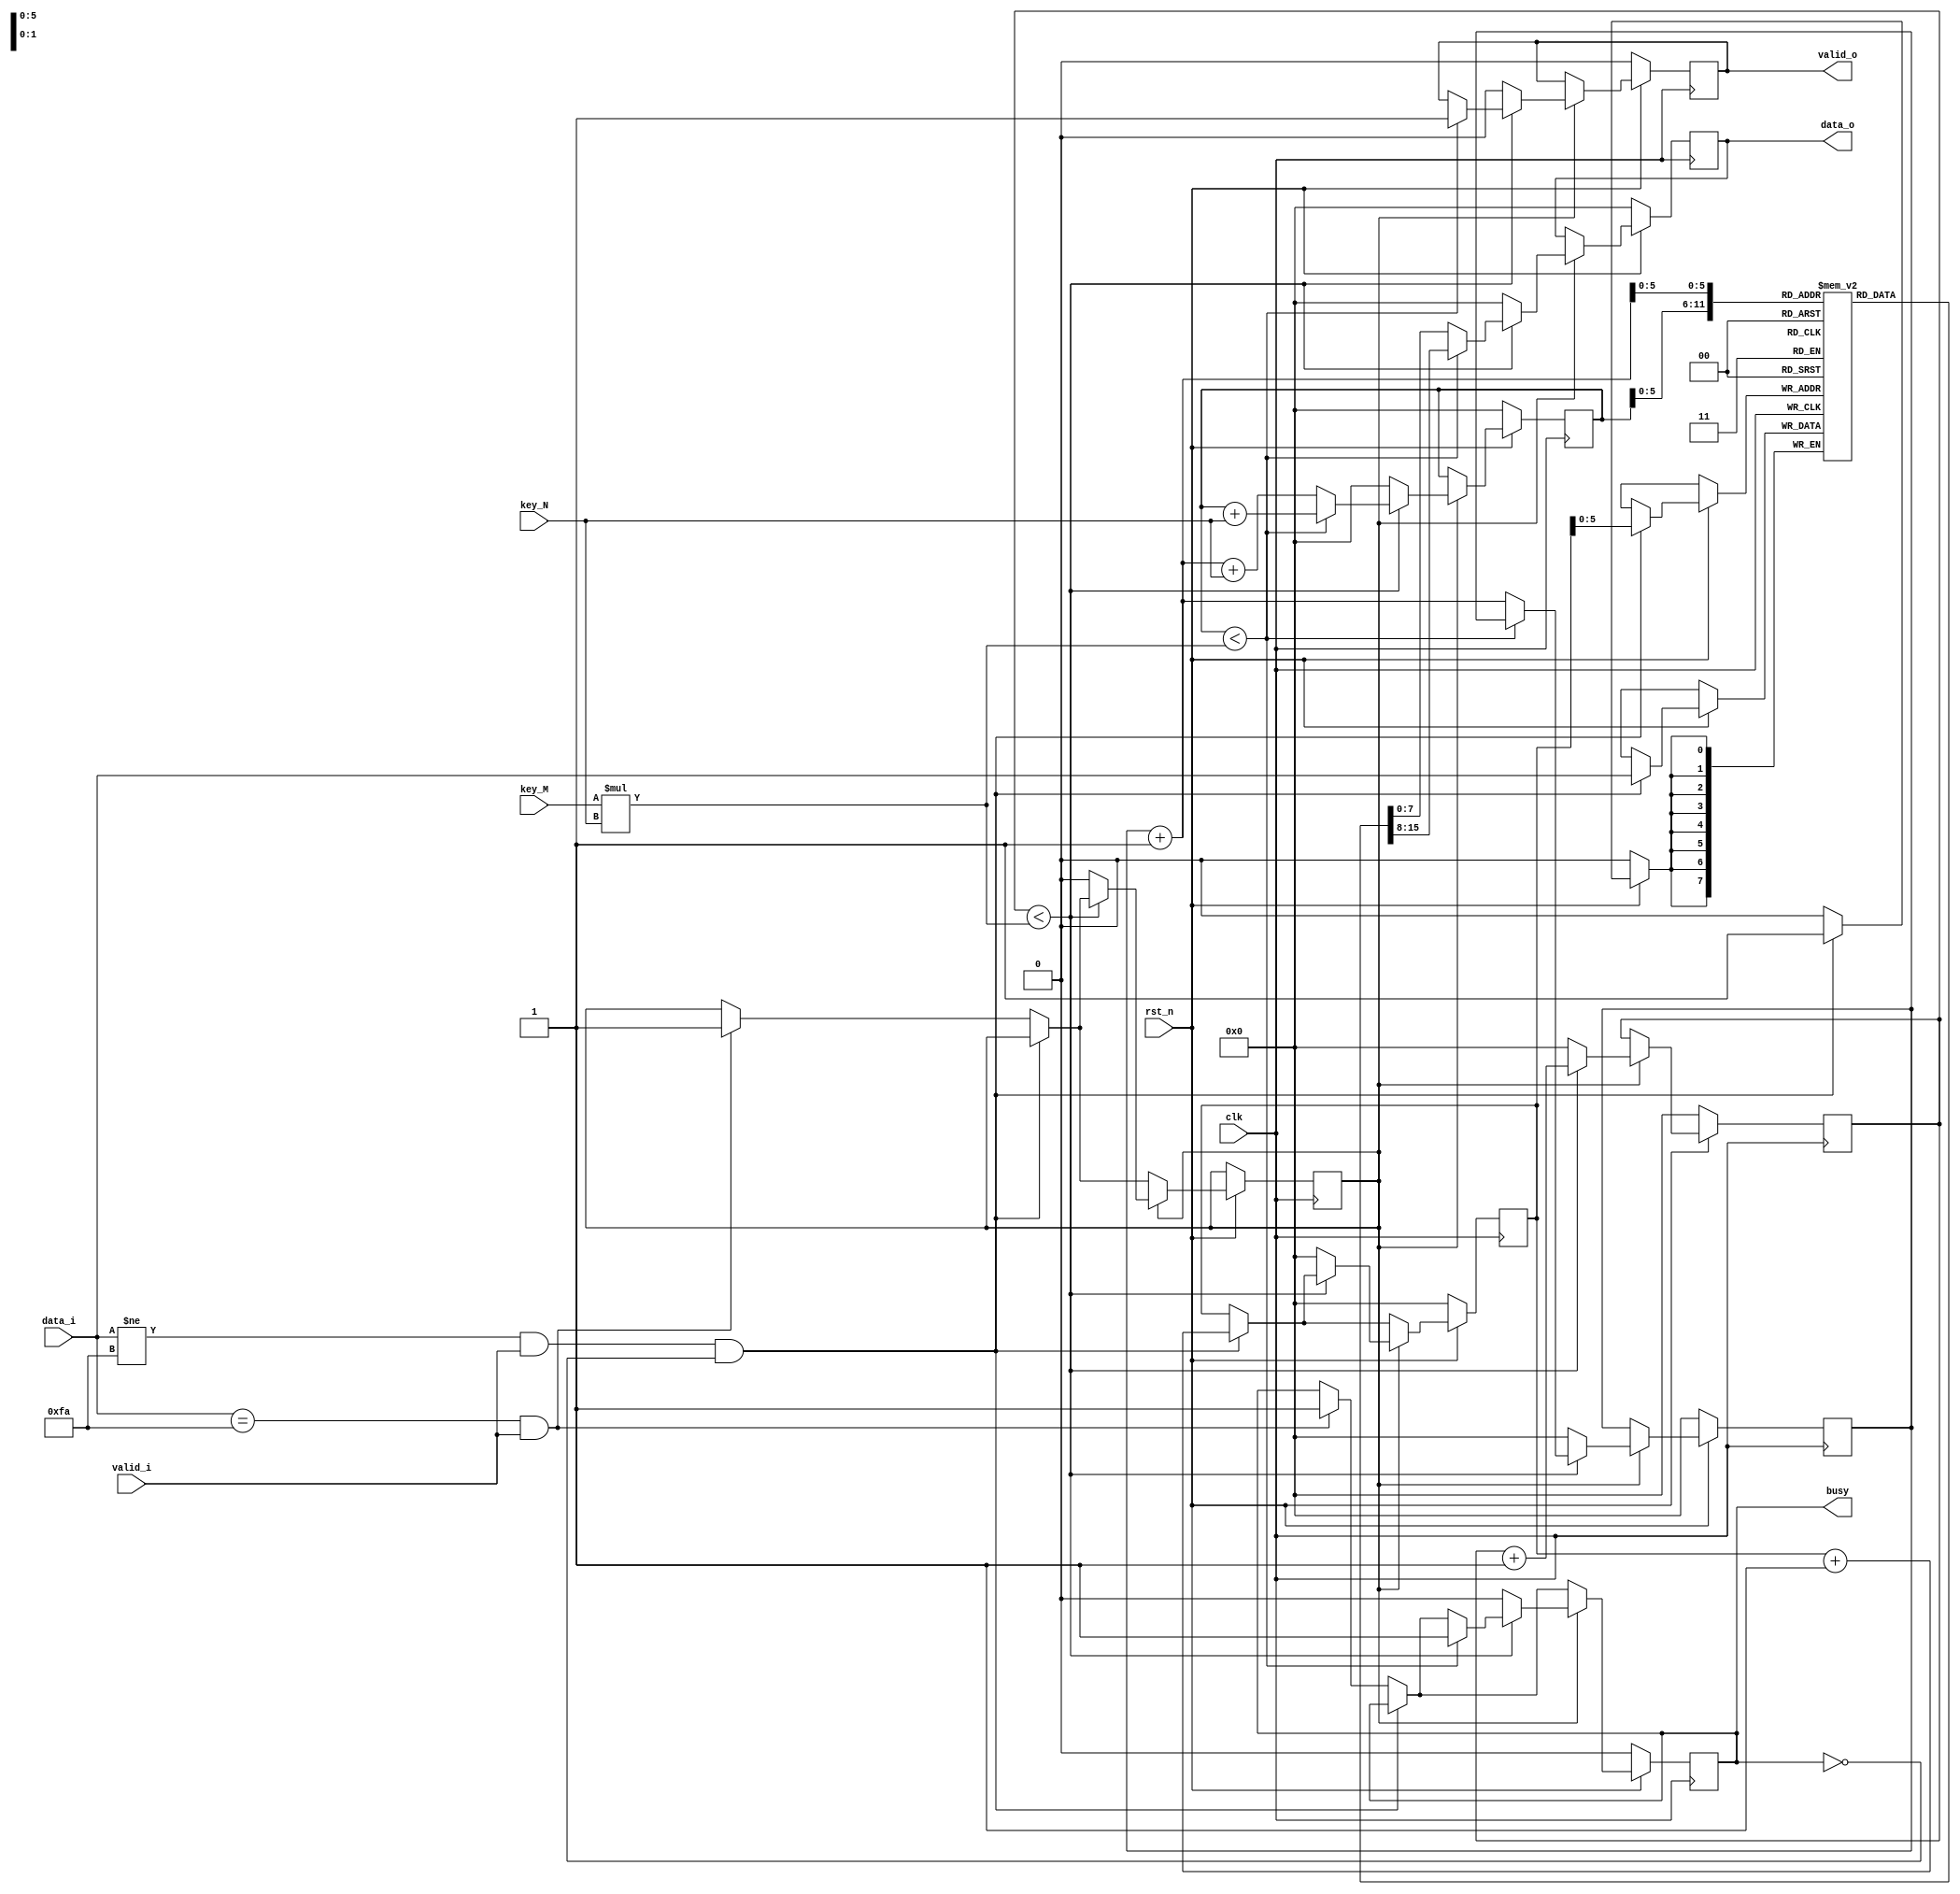
module scytale_decryption#(
            parameter D_WIDTH = 8, 
            parameter KEY_WIDTH = 8, 
            parameter MAX_NOF_CHARS = 50,
            parameter START_DECRYPTION_TOKEN = 8'hFA
        )(
            // Clock and reset interface
            input clk,
            input rst_n,
            
            // Input interface
            input[D_WIDTH - 1:0] data_i,
            input valid_i,
            
            // Decryption Key
            input[KEY_WIDTH - 1 : 0] key_N,
            input[KEY_WIDTH - 1 : 0] key_M,
            
            // Output interface
            output reg[D_WIDTH - 1:0] data_o,
            output reg valid_o,
            output reg busy
    );
reg [D_WIDTH-1 : 0] vector [MAX_NOF_CHARS-1 :0]; // vector in care se vor stoca datele de intrare
// variabile utilizate la gestiunea pozitiilor datelor din vector
reg [7:0] i;
reg [7:0] k;
reg [7:0] j;
reg [7:0] p;
reg start;

always@(posedge clk ) begin
	
	if (!rst_n) begin
		data_o <= 0;
		valid_o <= 0;
		busy <= 0;
		i <= 0;
		j <= 0;
		k <= 0;
		p <=0;
	end else if (rst_n) begin	         
			if ( data_i != START_DECRYPTION_TOKEN  && valid_i==1 && busy==0) begin 
                vector[i] <= data_i; // introducerea datelor in vector
                i  <= i + 1; // incrementare indice
            end else if(data_i == START_DECRYPTION_TOKEN && valid_i==1) begin
				// daca se ajunge la caracterul 0xFA, se pun start si busy pe 1
						busy <= 1;
						start <= 1;
			end
        	
			if (start == 1) begin 	// se incepe decriptarea 
				if ( p < key_M*key_N) begin  // key_N_reg*key_M_reg este numarul de elemente pe care le va avea vectorul
					if (k < key_N*key_M) begin 
						data_o <= vector[k]; // se pune pe iesire valoarea de pe pozitia k
						valid_o <= 1; 
						busy <= 1;
						k <= k+key_N; // k se incrementeaza cu valoarea pasului (key_N)
					end else begin
						data_o <= vector[j+1];
						j <= j+1;
						k <=  j+1+key_N; 
					end 
					p <= p+1;
					end else begin 
						busy <= 0;
						valid_o <= 0;
						data_o <= 0;
						i <= 0;
						j <= 0;
						k <= 0;
						p <= 0;
						start <= 0;
					end 
			
			end 
	end 
end

 

endmodule